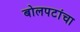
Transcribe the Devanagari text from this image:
बोलपटांचा